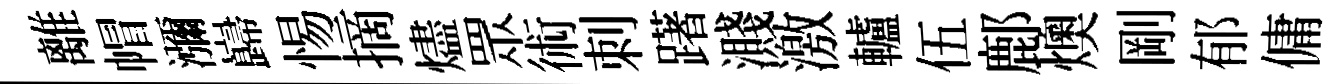
離帽瀰巋惕摘燼眾術刺躇濺激轤伍鄜燠剛郁傭